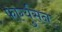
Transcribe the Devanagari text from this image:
फार्ग्युसन